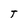
Character: T